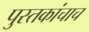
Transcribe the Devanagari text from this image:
पुस्तकांचाच